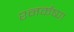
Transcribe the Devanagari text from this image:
श्नर्कष्ण